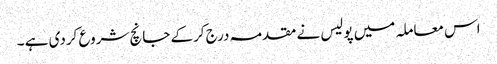
اس معاملہ میں پولیس نے مقدمہ درج کرکے جانچ شروع کردی ہے ۔